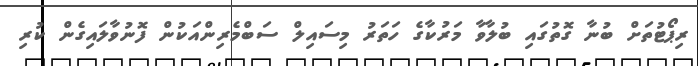
ރިޕޯޓުތަށް ބުނާ ގޮތުގައި ބުލާވާ މަރުކާގެ ހަތަރު މިސައިލް ސަބްމެރިންއަކުން ފޮނުވާލައިގެން ކުރި